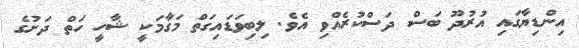
އިންޑިޔާގައި އުރުދޫ ބަސް ދަސްކުރެއްވި އެވެ. ލިބިވަޑައިގަތް މަގާމަކީ ޝާހީ ހަތް ދަށުގެ